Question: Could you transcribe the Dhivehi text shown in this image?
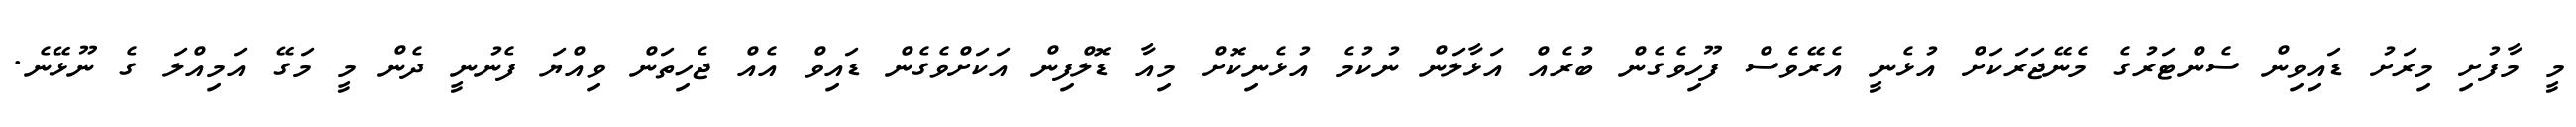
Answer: މީ މާފުށި މިރަށު ޑައިވިން ސެންޓަރުގެ މެނޭޖަރަކަށް އުޅެނީ އެރޭވެސް ފޫހިވެގެން ބުރެއް އަޅާލަން ނުކުމެ އުޅެނިކޮށް މިއާ ޑޮލްފިން އަކަށްވެގެން ޑައިވް އެއް ޖެހިތަން ވިއްޔަ ފެނުނީ ދެން މީ މަގޭ އަމިއްލަ ގެ ނޫޅޭނެ.